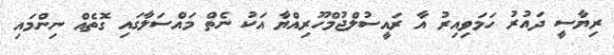
ރިޔާސީ ދައުރު ހަމަވިއިރު އާ ރައީސުލްޖުމްހޫރިއްޔާ އަކު ނެތް މައްސަލާގައި ގޮތެއް ނިންމައި